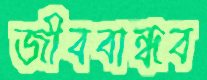
জীববান্ধব